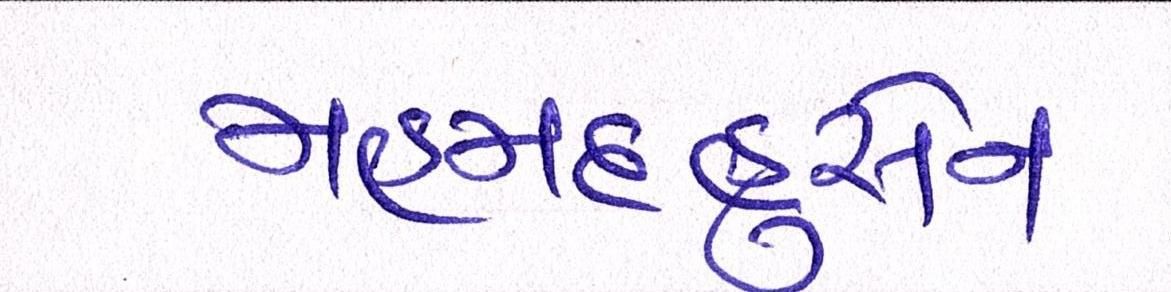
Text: મહમદહુસેન